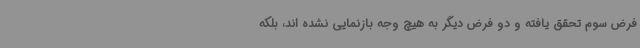
فرض سوم تحقق یافته و دو فرض دیگر به هیچ وجه بازنمایی نشده اند، بلکه